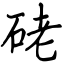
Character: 硓